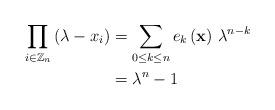
LaTeX: \begin{align*}\prod_{i\in\mathbb{Z}_{n}}\left(\lambda-x_{i}\right) & =\sum_{0\le k\le n}e_{k}\left(\mathbf{x}\right)\,\lambda^{n-k}\\ & =\lambda^{n}-1\end{align*}